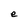
Character: e